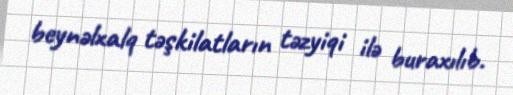
beynəlxalq təşkilatların təzyiqi ilə buraxılıb.